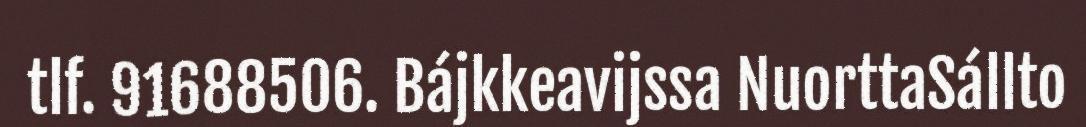
tlf. 91688506. Bájkkeavijssa NuorttaSállto